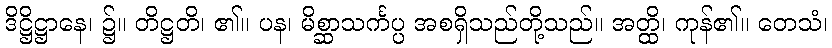
ဒိဋ္ဌိဋ္ဌာနေ၊ ၌။ တိဋ္ဌတိ၊ ၏။ ပန၊ မိစ္ဆာသင်္ကပ္ပ အစရှိသည်တို့သည်။ အတ္ထိ၊ ကုန်၏။ တေသံ၊